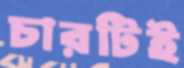
চারটিই